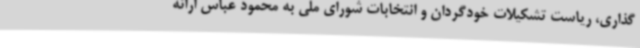
گذاری، ریاست تشکیلات خودگردان و انتخابات شورای ملی به محمود عباس ارائه